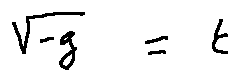
\sqrt { - g } = t